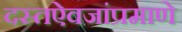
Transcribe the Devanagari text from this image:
दस्तऐवजांप्रमाणे